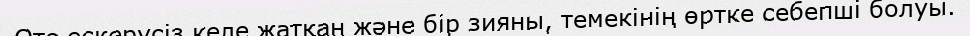
Өте ескерусіз келе жатқан және бір зияны, темекінің өртке себепші болуы.